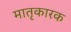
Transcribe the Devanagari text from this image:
मातृकारक